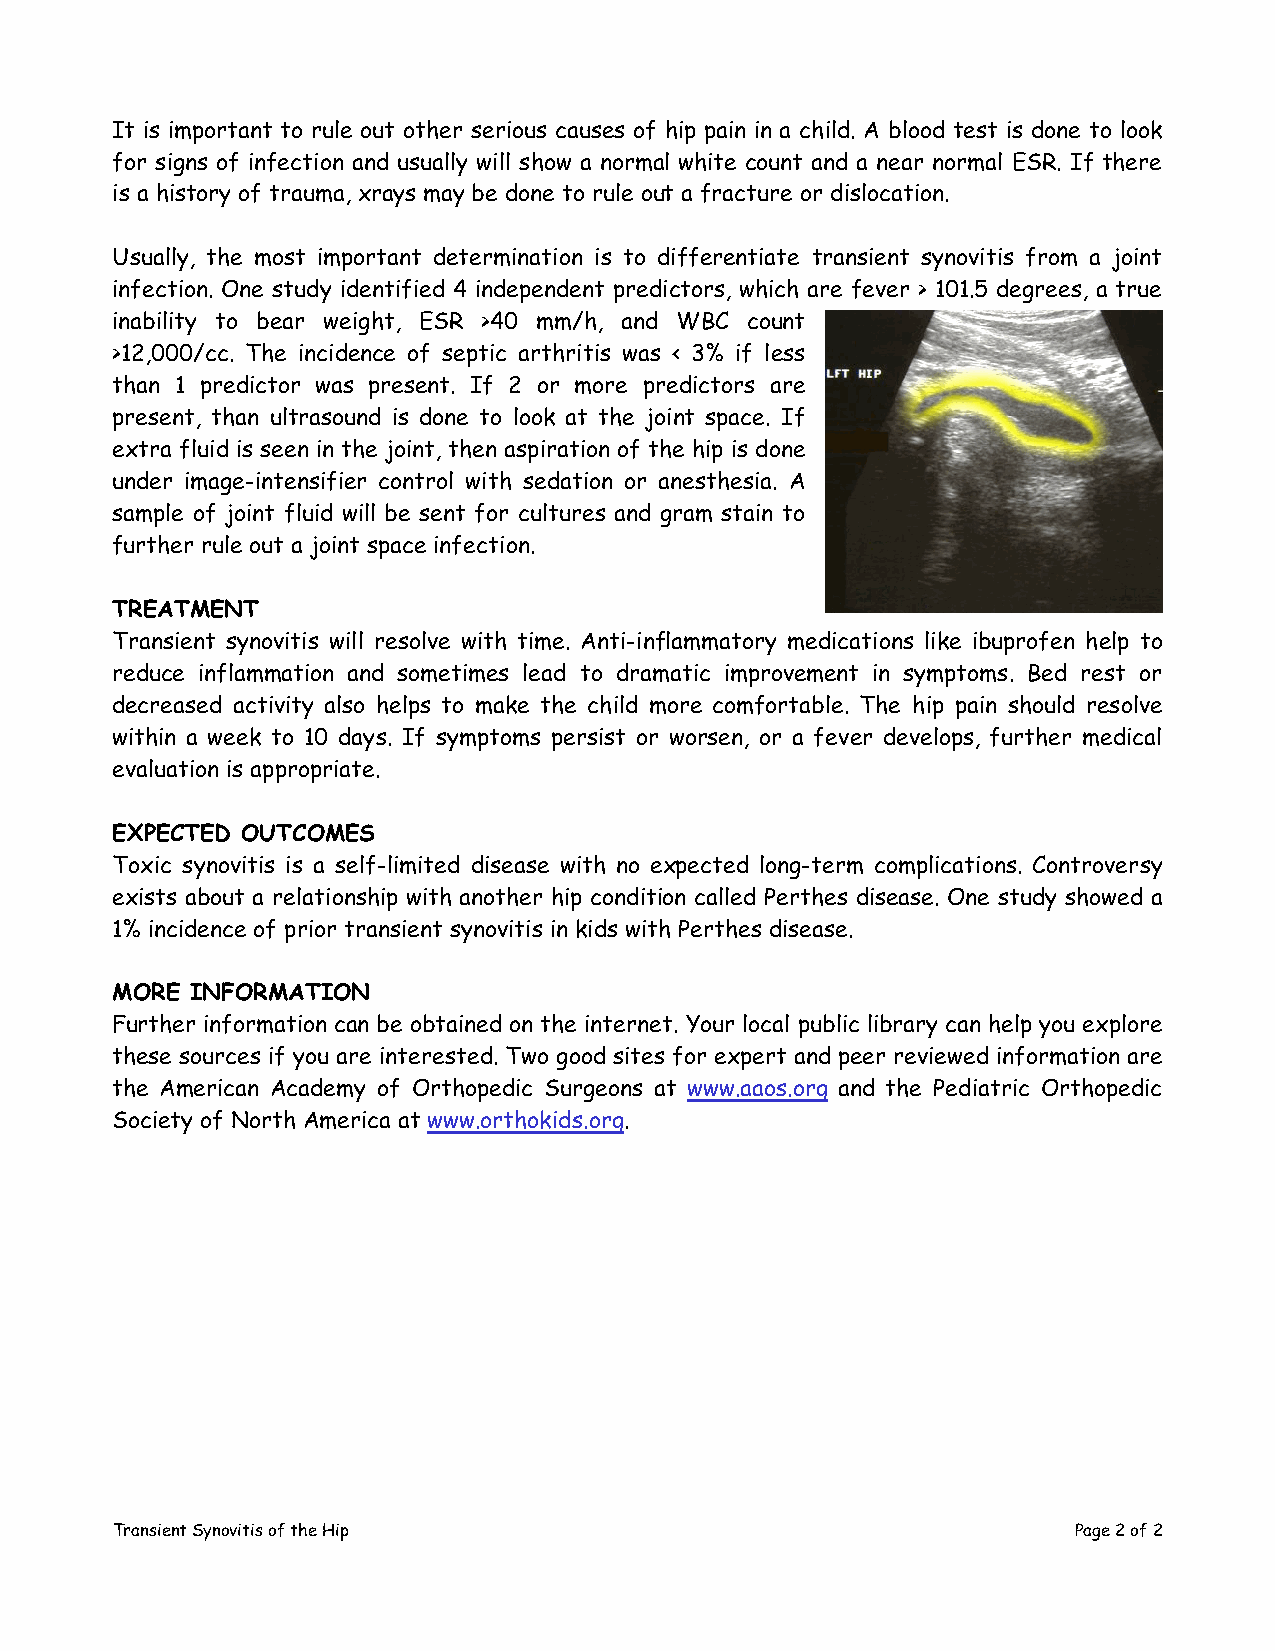
It is important to rule out other serious causes of hip pain in a child. A blood test is done to look
 for signs of infection and usually will show a normal white count and a near normal ESR. If there
 is a history of trauma, xrays may be done to rule out a fracture or dislocation.
 Usually, the most important determination is to differentiate transient synovitis from a joint
 infection. One study identified 4 independent predictors, which are fever > 101.5 degrees, a true
 inability to bear weight, ESR >40 mm/h, and WBC count
 >12,000/cc. The incidence of septic arthritis was < 3% if less
 than 1 predictor was present. If 2 or more predictors are
 present, than ultrasound is done to look at the joint space. If
 extra fluid is seen in the joint, then aspiration of the hip is done
 under image-intensifier control with sedation or anesthesia. A
 sample of joint fluid will be sent for cultures and gram stain to
 further rule out a joint space infection.
 TREATMENT
 Transient synovitis will resolve with time. Anti-inflammatory medications like ibuprofen help to
 reduce inflammation and sometimes lead to dramatic improvement in symptoms. Bed rest or
 decreased activity also helps to make the child more comfortable. The hip pain should resolve
 within a week to 10 days. If symptoms persist or worsen, or a fever develops, further medical
 evaluation is appropriate.
 EXPECTED OUTCOMES
 Toxic synovitis is a self-limited disease with no expected long-term complications. Controversy
 exists about a relationship with another hip condition called Perthes disease. One study showed a
 1% incidence of prior transient synovitis in kids with Perthes disease.
 MORE  INFORMATION
 Further information can be obtained on the internet. Your local public library can help you explore
 these sources if you are interested. Two good sites for expert and peer reviewed information are
 the American Academy of Orthopedic Surgeons at www.aaos.org and the Pediatric Orthopedic
 Society of North America at www.orthokids.org.
 Transient Synovitis of the Hip                                  Page 2 of 2